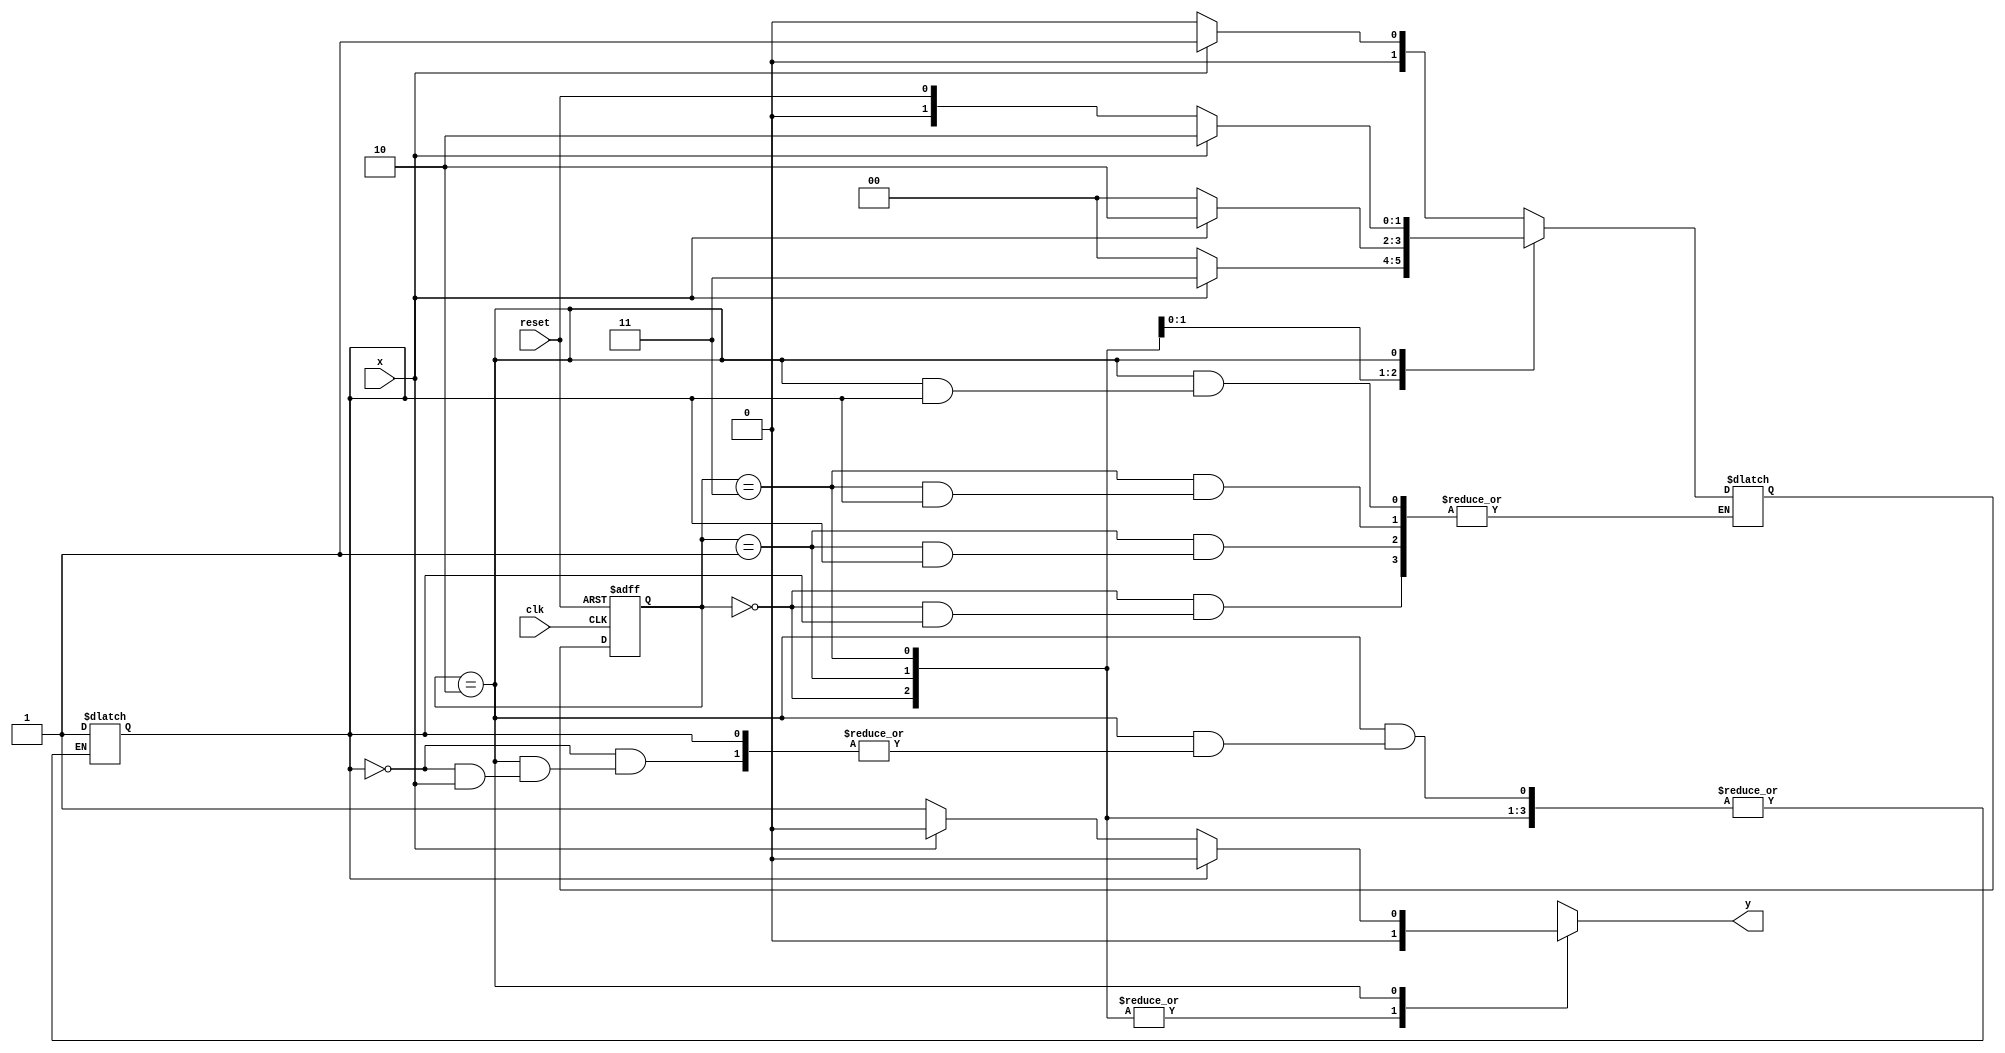
// ---------------------------------------- 
// Mealy1110
// Nome: Alvaro Henrique de Araujo Rungue 
// ----------------------------------------

// -------------- 
// --- Mealy FSM 
// -------------- 
/* 
					Mealy FSM Diagram 
					__________________ 
				/							   \ 
			1 v    1	 	0		        1 | // found 
		[start] ---> [id1] --->   [id11] ---> [id110] 
		   ^ \0    0 |     1 / ^      0 | // not found
			\_/       /      \__/   	  |
		    \_______/					    / 
			  \                        / 
			   \______________________/ 
*/ 


//-- constant definitions 
`define found 1 
`define notfound 0 

//-- FSM by Mealy 

module mealy1110 ( y, x, clk, reset ); 
output y; 
input x; 
input clk; 
input reset; 
reg y;

reg cont = 0;

parameter //-- state identifiers 

start = 2'b00, 
id1 = 2'b01, 
id11 = 2'b11, 
id110 = 2'b10; 

reg [1:0] E1; //-- current state variables 
reg [1:0] E2; //-- next state logic output 

//-- next state logic 

always @( x or E1 ) 

begin 
	y = `notfound; 

case ( E1 ) 

start: 

if(~cont)
if ( x ) 
	E2 = id1; //-- Achou 1
else 
	E2 = start; 
	
id1: 

if(~cont)
if ( x ) 
	E2 = id11; //-- Achou 1 ate aqui 11
else 
	E2 = start; 

id11: 

if(~cont)
if ( x ) 
	E2 = id110; //-- Achou 1 ate 111
else 
	E2 = start; 

id110: 

if(~cont)
if ( x ) 
begin 
	E2 = id110; 
	y = `notfound;
end 

//-- Caso nao seja 0 volta no comeco
else 
	begin 
	E2 = reset; 
	y = `found;
	cont = 1;
end 

default: //-- undefined state 

E2 = 2'bxx; 

endcase 

end //-- always at signal or state changing 
//-- state variables 

always @( posedge clk or negedge reset ) 

	begin 
if ( reset ) 
	E1 = E2; //-- updates current state 
else 
	E1 = 0; //-- reset 
	end // always at signal changing 

endmodule //-- mealy1110